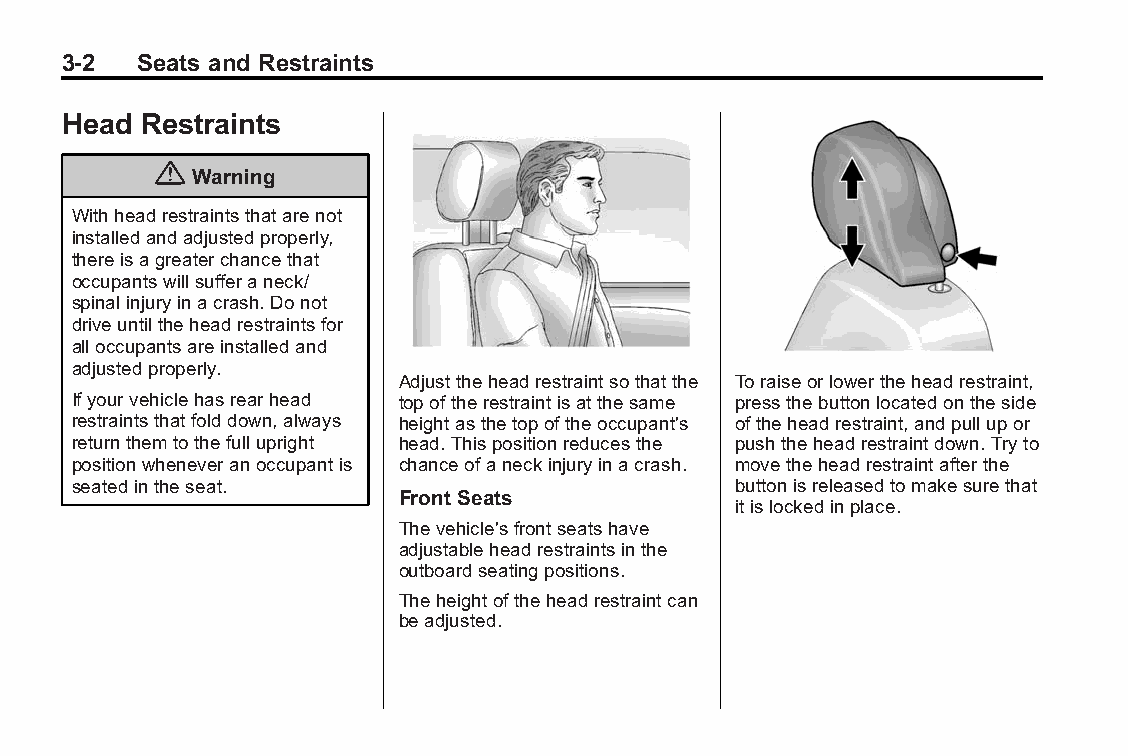
Buick LaCrosse Owner Manual (GMNA-Localizing-U.S./Canada/Mexico- Blackplate(2,1)
 6043609)-2014-2ndEdition-10/17/13
 3-2  Seats and Restraints
 Head Restraints
 {
 Warning
 Withheadrestraintsthatarenot
 installedandadjustedproperly,
 thereisagreaterchancethat
 occupantswillsufferaneck/
 spinalinjuryinacrash.Donot
 driveuntiltheheadrestraintsfor
 alloccupantsareinstalledand
 adjustedproperly.
 Adjusttheheadrestraintsothatthe Toraiseorlowertheheadrestraint,
 Ifyourvehiclehasrearhead topoftherestraintisatthesame pressthebuttonlocatedontheside
 restraintsthatfolddown,always heightasthetopoftheoccupant's oftheheadrestraint,andpullupor
 returnthemtothefullupright head.Thispositionreducesthe pushtheheadrestraintdown.Tryto
 positionwheneveranoccupantis chanceofaneckinjuryinacrash. movetheheadrestraintafterthe
 seatedintheseat.                            buttonisreleasedtomakesurethat
 Front Seats
 itislockedinplace.
 Thevehicle'sfrontseatshave
 adjustableheadrestraintsinthe
 outboardseatingpositions.
 Theheightoftheheadrestraintcan
 beadjusted.